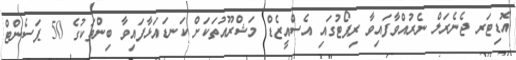
އޮޑިޓަރ ޖެނެރަލް ނެރުއްވާފައިވާ ރިޕޯޓުގައި އެސްއީޒެޑް މަޝްރޫއުތަކަށް ކަނޑައަޅާފައިވާ ބިންތަކުގެ 50 ޕަސެންޓް